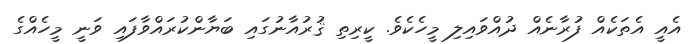
އެއީ އެތަކެއް ފުރާނެއް ދުއްވައިލި މީހެކެވެ. ކީރިތި ޤުރުއާނުގައި ބަޔާންކުރައްވާފައި ވަނީ މީހެއްގެ